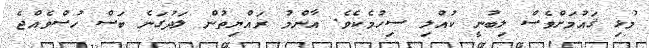
މުޅި ޤައުމަށްވެސް ލިބުނީ ކުއްލި ސިހުމެކެވެ. އާންމު ރައްޔިތުން ލަދުގަނެ ބަސް ހުސްވެއްޖެ